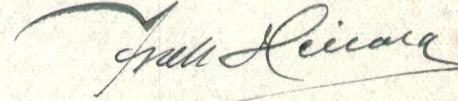
Isak Heilala